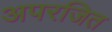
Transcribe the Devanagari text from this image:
अपरजित